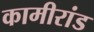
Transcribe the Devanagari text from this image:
कामीरांड